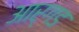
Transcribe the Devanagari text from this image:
आर्गड